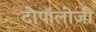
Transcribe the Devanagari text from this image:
टोपॉलोजी